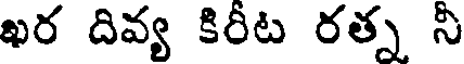
ఖర దివ్య కిరీట రత్న నీ